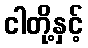
ငါတို့နှင့်